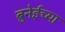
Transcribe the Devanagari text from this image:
ब्रुनेईच्या